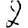
Digit: 2